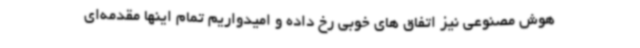
هوش مصنوعی نیز اتفاق های خوبی رخ داده و امیدواریم تمام اینها مقدمه‌ای